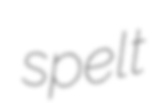
spelt